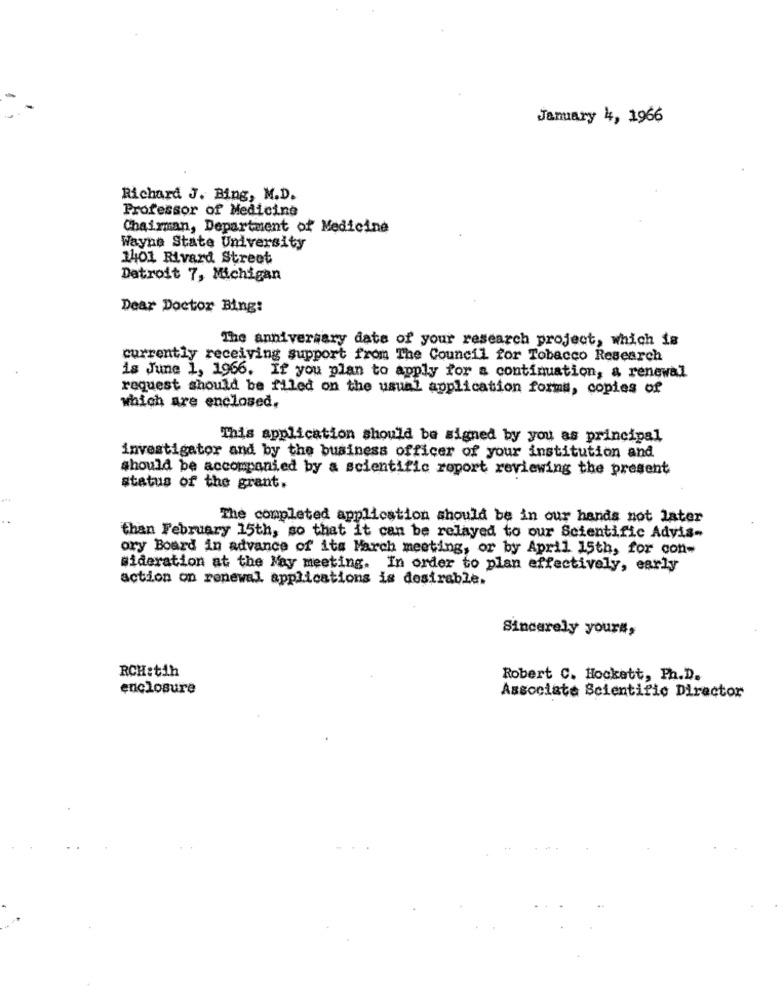
January 4, 1966
Richard J. Bing, M.D.
Professor of Medicine
Chairman, Department of Medicine
Wayne State University
1401 Rivard Street
Detroit 7, Michigan
Dear Doctor Bing:
The anniversary date of your research project, which is
currently receiving support from The Council for Tobacco Research
is June 1, 1966. If you plan to apply for a continuation, a renewal
request should be filed on the usual application forms, copies of
which are enclosed.
This application should be signed by you as principal
investigator and by the business officer of your institution and
should be accompanied by a scientific roport reviewing the present
status of the grant.
The completed application should be in our hands not later
than February 15th, so that it can be relayed to our Scientific Advis-
ory Board in advance of its March meeting, or by April 15th, for con-
sideration at the May meeting. In order to plan effectively, early
action on renewal applications is desirable.
Sincerely yours,
RCH:tih
Robert C. Hockett, Ph.D.
enclosure
Associate Scientific Director